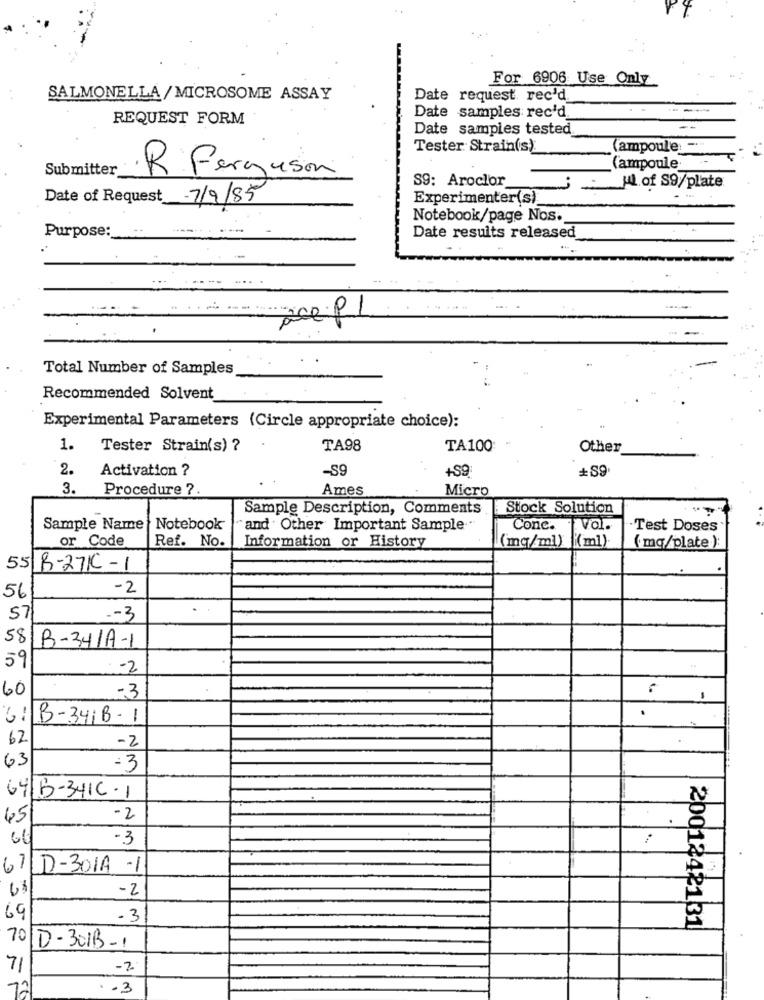
For 6906 Use Only
SALMONELLA/MICROSOME ASSAY
Date request rec'd
REQUEST FORM
Date samples rec'd.
Date samples tested
Tester Strain(s):
(ampoule -
Submitter
(ampoule
R.Ferguson
S9: Aroclor
[ of S9/plate
Date of Request 7/9/85
Experimenter(s)
Notebook/page Nos.
Purpose :_
Date results released
see.PL
Total Number of Samples
Recommended Solvent
Experimental Parameters (Circle appropriate choice):
1.
Tester Strain(s) ?
TA98
TA100
Other
2.
Activation ?
-S9
+S9
3.
Procedure ?.
Ames
Micro
Sample Description, Comments
Stock Solution
Sample Name |Notebook
and Other Important Sample."
Conc.
1 Val .
·Test Doses
or Code
Ref. No.
Information or History
(mg/ml) {(ml)
( mq/plate):
55 8-271C-1
- 2
56
57
-- 3
58
B-34/A-1
59
-2
60
-3
1
.
B-341B- 1
62
-2
63
-3
64/B-3416-1
45
-2
-3
67LD-301A -1
-2
69
-3
2001242131
70/D-301B-1
71
-2
72
. . 3